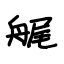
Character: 艉